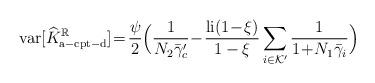
LaTeX: \begin{align*}\mathrm{var}[\widehat{K}_{\mathrm{a-cpt-d}}^\mathbb{R}]\!=\!\frac{\psi}{2}\Big(\frac{1}{N_2\bar{\gamma}_c'}\!-\!\frac{\mathrm{li}(1\!-\!\xi)}{1-\xi}\sum_{i\in\mathcal{K}'}\frac{1}{1\!+\!N_1\bar{\gamma}_i}\Big)\end{align*}